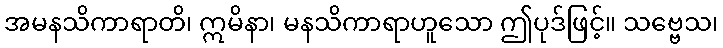
အမနသိကာရာတိ၊ ဣမိနာ၊ မနသိကာရာဟူသော ဤပုဒ်ဖြင့်။ သဗ္ဗေသ၊